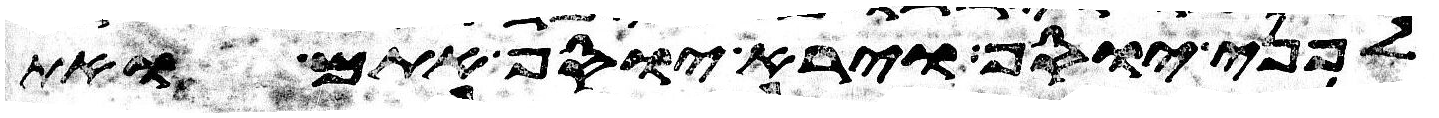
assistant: לפני יוסף וירא יוסף אתם ואת